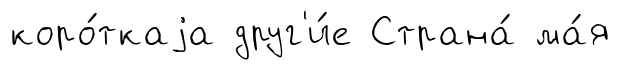
коро́ткаjа друг'и́е Страна́ ма́я